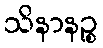
သိနာနဉ္စ